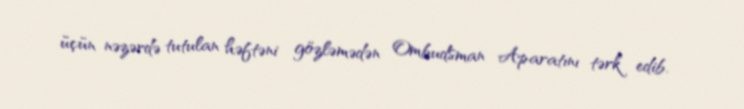
üçün nəzərdə tutulan həftəni gözləmədən Ombudsman Aparatını tərk edib.